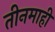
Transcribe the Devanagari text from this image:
तीनमाही